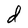
Character: d